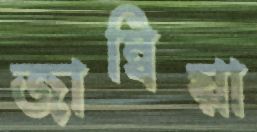
জাম্বিয়া